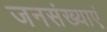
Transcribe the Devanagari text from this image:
जनसंख्याएं